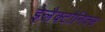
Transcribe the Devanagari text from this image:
इलैक्टौनिक्स